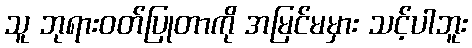
သူ ဘုရားဝတ်ပြုတာကို အမြင်မမှား သင့်ပါဘူး